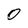
Character: 0